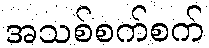
အသစ်စက်စက်